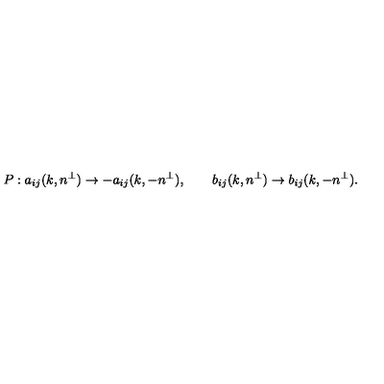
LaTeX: P : a _ { i j } ( k , n ^ { \perp } ) \rightarrow - a _ { i j } ( k , - n ^ { \perp } ) , \qquad b _ { i j } ( k , n ^ { \perp } ) \rightarrow b _ { i j } ( k , - n ^ { \perp } ) .